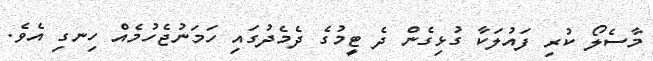
މާސެލޯ ކުރި ފައުލަކާ ގުޅިގެން ދެ ޓީމުގެ ދެމެދުގައި ހަމަނުޖެހުމެއް ހިނގި އެވެ.